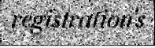
registration's